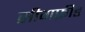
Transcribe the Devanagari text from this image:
सीगफ्रीड